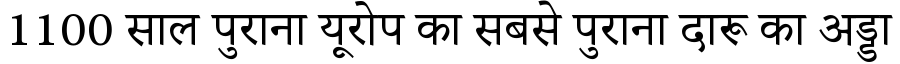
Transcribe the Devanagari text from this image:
1100 साल पुराना यूरोप का सबसे पुराना दारू का अड्डा